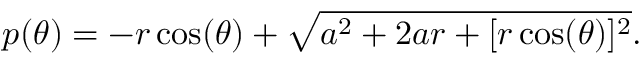
p ( \theta ) = - r \cos ( \theta ) + \sqrt { a ^ { 2 } + 2 a r + [ r \cos ( \theta ) ] ^ { 2 } } .